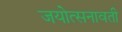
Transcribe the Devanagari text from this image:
जयोत्सनावती